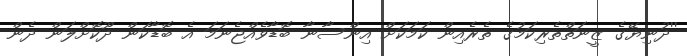
''ދުނިޔޭގެ ޒީނަތްތެރިކަމުގެ ތެރެއިން ކަމަކަށް އިންސާނާ ބޮޑާވެއްޖެނަމަ އެ ބޮޑާކަން ދޫކޮށްލަން ދެން